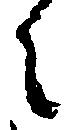
言